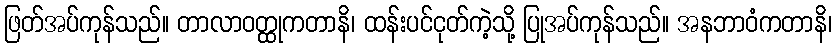
ဖြတ်အပ်ကုန်သည်။ တာလာဝတ္ထုကတာနိ၊ ထန်းပင်ငုတ်ကဲ့သို့ ပြုအပ်ကုန်သည်။ အနဘာဝံကတာနိ၊